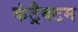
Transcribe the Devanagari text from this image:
कंट्रैक्टम